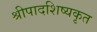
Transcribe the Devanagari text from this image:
श्रीपादशिष्यकृत